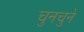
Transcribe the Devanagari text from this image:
चुनचुने